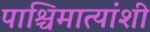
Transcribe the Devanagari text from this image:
पाश्चिमात्यांशी